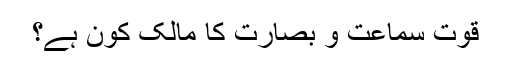
قوتِ سماعت و بصارت کا مالک کون ہے؟